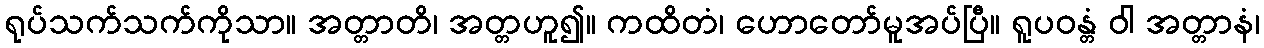
ရုပ်သက်သက်ကိုသာ။ အတ္တာတိ၊ အတ္တဟူ၍။ ကထိတံ၊ ဟောတော်မူအပ်ပြီ။ ရူပဝန္တံ ဝါ အတ္တာနံ၊